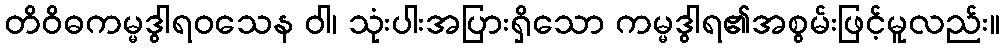
တိဝိဓကမ္မဒွါရဝသေန ဝါ၊ သုံးပါးအပြားရှိသော ကမ္မဒွါရ၏အစွမ်းဖြင့်မူလည်း။